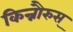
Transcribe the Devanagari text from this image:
किन्नौरुस्